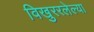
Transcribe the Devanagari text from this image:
विखुररलेल्या